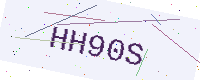
Text: HH90S